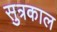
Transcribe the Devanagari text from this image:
सुत्रकाल